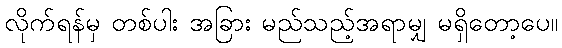
လိုက်ရန်မှ တစ်ပါး အခြား မည်သည့်အရာမျှ မရှိတော့ပေ။